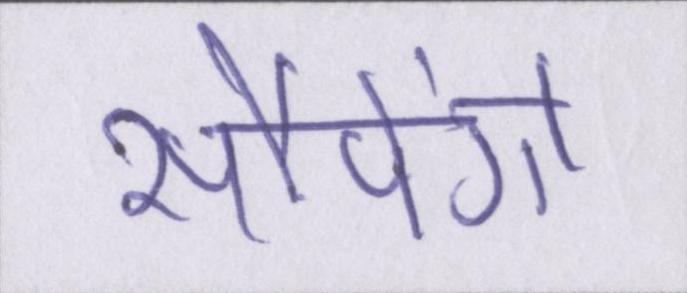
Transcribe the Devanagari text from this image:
सौपेंगे